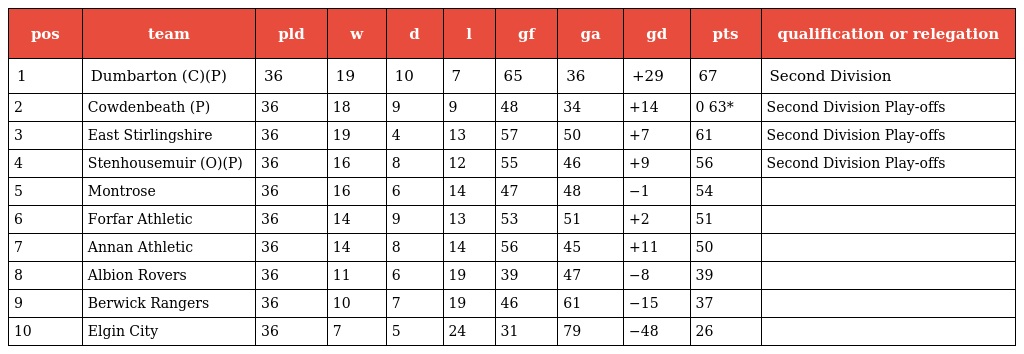
| pos | team | pld | w | d | l | gf | ga | gd | pts | qualification or relegation |
 | --- | --- | --- | --- | --- | --- | --- | --- | --- | --- | --- |
 | 1 | Dumbarton (C)(P) | 36 | 19 | 10 | 7 | 65 | 36 | +29 | 67 | Second Division |
 | 2 | Cowdenbeath (P) | 36 | 18 | 9 | 9 | 48 | 34 | +14 | 0 63* | Second Division Play-offs |
 | 3 | East Stirlingshire | 36 | 19 | 4 | 13 | 57 | 50 | +7 | 61 | Second Division Play-offs |
 | 4 | Stenhousemuir (O)(P) | 36 | 16 | 8 | 12 | 55 | 46 | +9 | 56 | Second Division Play-offs |
 | 5 | Montrose | 36 | 16 | 6 | 14 | 47 | 48 | −1 | 54 |  |
 | 6 | Forfar Athletic | 36 | 14 | 9 | 13 | 53 | 51 | +2 | 51 |  |
 | 7 | Annan Athletic | 36 | 14 | 8 | 14 | 56 | 45 | +11 | 50 |  |
 | 8 | Albion Rovers | 36 | 11 | 6 | 19 | 39 | 47 | −8 | 39 |  |
 | 9 | Berwick Rangers | 36 | 10 | 7 | 19 | 46 | 61 | −15 | 37 |  |
 | 10 | Elgin City | 36 | 7 | 5 | 24 | 31 | 79 | −48 | 26 |  |